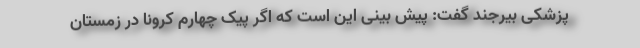
پزشکی بیرجند گفت: پیش بینی این است که اگر پیک چهارم کرونا در زمستان